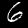
Digit: 6